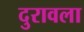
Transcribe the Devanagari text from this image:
दुरावला